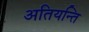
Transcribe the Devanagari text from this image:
अतियन्ति